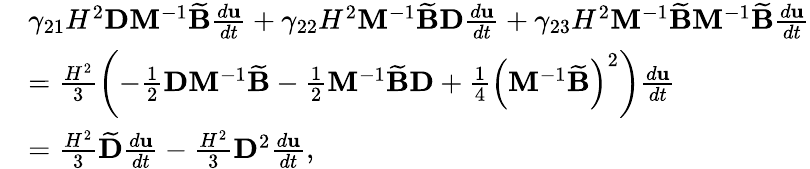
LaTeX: \begin{array}{rl}&{\gamma_{21}H^{2}\mathbf{D}\mathbf{M}^{-1}\widetilde{\mathbf{B}}\frac{d\mathbf{u}}{dt}+\gamma_{22}H^{2}\mathbf{M}^{-1}\widetilde{\mathbf{B}}\mathbf{D}\frac{d\mathbf{u}}{dt}+\gamma_{23}H^{2}\mathbf{M}^{-1}\widetilde{\mathbf{B}}\mathbf{M}^{-1}\widetilde{\mathbf{B}}\frac{d\mathbf{u}}{dt}}\\ &{=\frac{H^{2}}{3}\left(-\frac{1}{2}\mathbf{D}\mathbf{M}^{-1}\widetilde{\mathbf{B}}-\frac{1}{2}\mathbf{M}^{-1}\widetilde{\mathbf{B}}\mathbf{D}+\frac{1}{4}\left(\mathbf{M}^{-1}\widetilde{\mathbf{B}}\right)^{2}\right)\frac{d\mathbf{u}}{dt}}\\ &{=\frac{H^{2}}{3}\widetilde{\mathbf{D}}\frac{d\mathbf{u}}{dt}-\frac{H^{2}}{3}\mathbf{D}^{2}\frac{d\mathbf{u}}{dt},}\end{array}